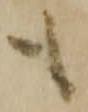
も